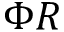
\Phi R